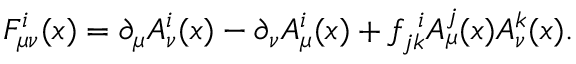
F _ { \mu \nu } ^ { i } ( x ) = \partial _ { \mu } A _ { \nu } ^ { i } ( x ) - \partial _ { \nu } A _ { \mu } ^ { i } ( x ) + f _ { j k } ^ { \, \, \, i } A _ { \mu } ^ { j } ( x ) A _ { \nu } ^ { k } ( x ) .